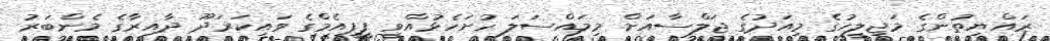
ރައްޔިތުންގެ މަޖިލީހުގެ މިއަދުގެ ޖަލްސާއަށް މިމައްސަލަ ހުށަހެޅުއްވީ ޕީޕީއެމްގެ ވައިކަރަދޫ ދާއިރާގެ މެންބަރު